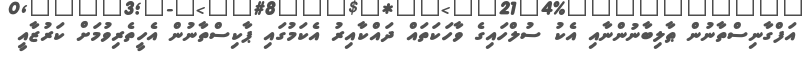
އަފްގާނިސްތާނުން ޠާލިބާނުންނާއި އެކު ސުލްހައިގެ ވާހަކަތައް ދައްކާއިރު އެކަމުގައި ޕާކިސްތާނުން އެހީތެރިވުމަށް ކަރުޒާއީ